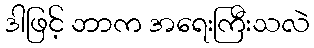
ဒါဖြင့် ဘာက အရေးကြီးသလဲ